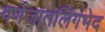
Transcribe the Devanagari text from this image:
वर्णजातलिंगभेद